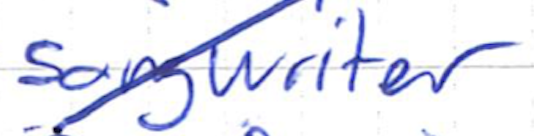
Text: songwriter
Cross-out: diagonal
Writing tool: ballpoint